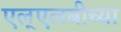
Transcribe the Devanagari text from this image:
एल्‌एलबीच्या